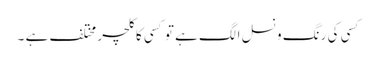
کسی کی رنگ و نسل الگ ہے تو کسی کا کلچر مختلف ہے ۔